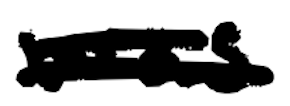
Text: was
Cross-out: double-line
Writing tool: digital_black